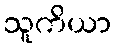
သူကိယာ